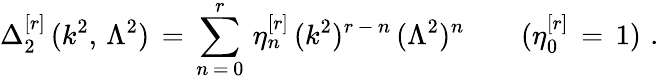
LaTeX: \Delta_{2}^{[r]}\, (k^{2},\, \Lambda^{2})\, =\, \sum_{n\, =\, 0}^{r}\, \eta_{n}^{[r]}\, (k^{2})^{r\, -\, n}\, (\Lambda^{2})^{n}\qquad(\eta_{0}^{[r]}\, =\, 1)\, \, .